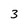
Character: 3